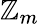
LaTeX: \mathbb{Z}_{m}